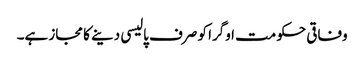
وفاقی حکومت اوگرا کو صرف پالیسی دینے کا مجاز ہے۔